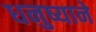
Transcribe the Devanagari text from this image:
धनुष्याने